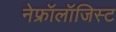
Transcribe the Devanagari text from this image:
नेफ्रॉलॉजिस्ट